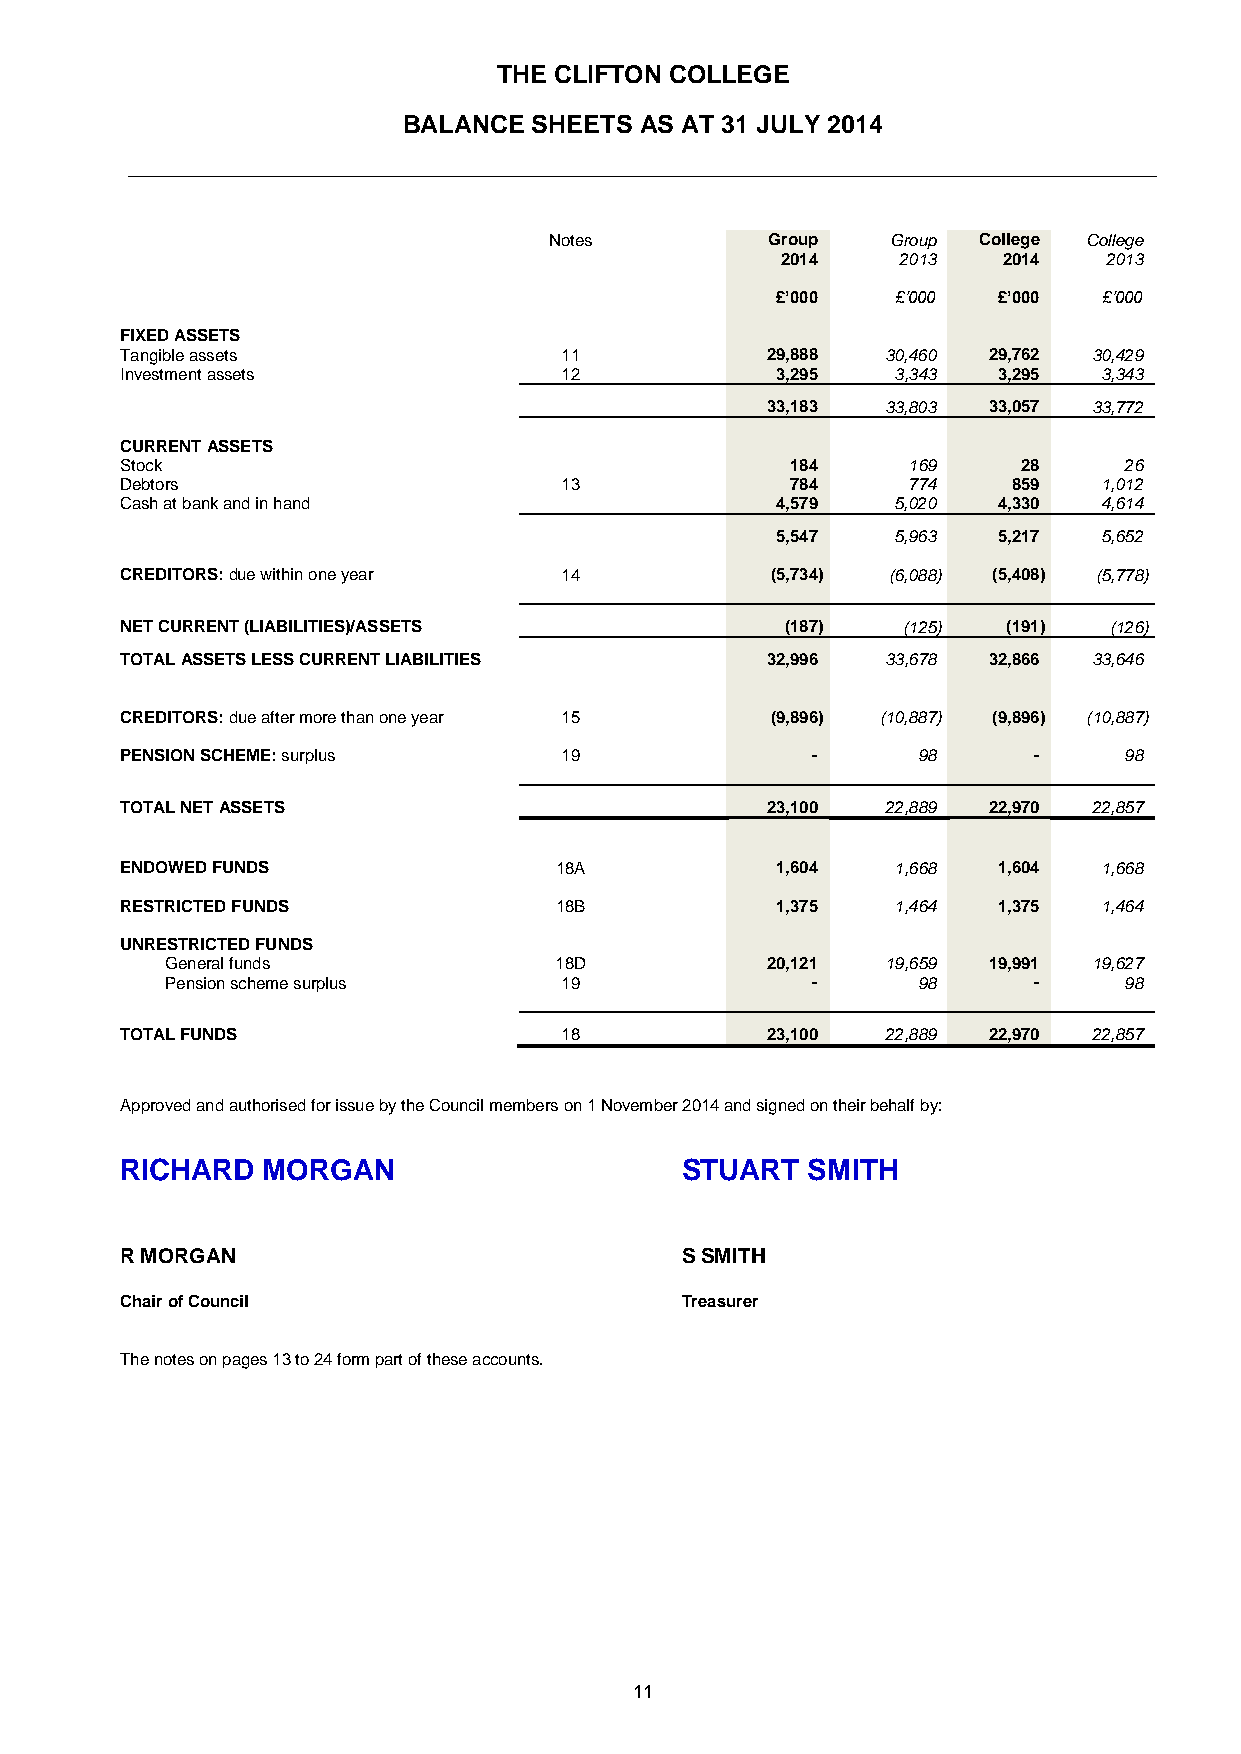
THE CLIFTON COLLEGE
 BALANCE SHEETS AS AT 31 JULY 2014
 __________________________________________________________________________
 Notes          Group   Group College College
 2014   2013   2014   2013
 £’000   £’000  £’000  £’000
 FIXED ASSETS
 Tangible assets              11            29,888  30,460 29,762 30,429
 Investment assets            12            3,295   3,343  3,295  3,343
 33,183  33,803 33,057 33,772
 CURRENT ASSETS
 Stock                                       184     169     28    26
 Debtors                      13             784     774    859   1,012
 Cash at bank and in hand                   4,579   5,020  4,330  4,614
 5,547   5,963  5,217  5,652
 CREDITORS: due within one year 14          (5,734) (6,088) (5,408) (5,778)
 NET CURRENT (LIABILITIES)/ASSETS            (187)   (125)  (191) (126)
 TOTAL ASSETS LESS CURRENT LIABILITIES      32,996  33,678 32,866 33,646
 CREDITORS: due after more than one year 15 (9,896) (10,887) (9,896) (10,887)
 PENSION SCHEME: surplus      19               -      98     -     98
 TOTAL NET ASSETS                           23,100  22,889 22,970 22,857
 ENDOWED FUNDS                18A           1,604   1,668  1,604  1,668
 RESTRICTED FUNDS             18B           1,375   1,464  1,375  1,464
 UNRESTRICTED FUNDS
 General funds             18D           20,121  19,659 19,991 19,627
 Pension scheme surplus    19               -      98     -     98
 TOTAL FUNDS                  18            23,100  22,889 22,970 22,857
 Approved and authorised for issue by the Council members on 1 November 2014 and signed on their behalf by:
 RICHARD  MORGAN                      STUART  SMITH
 R MORGAN                             S SMITH
 Chair of Council                     Treasurer
 The notes on pages 13 to 24 form part of these accounts.
 11